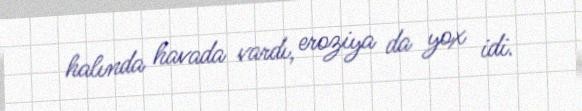
halında havada vardı, eroziya da yox idi.